Annual administration report of the Civil Veterinary Department of India - 1895-1896
Year: 1895
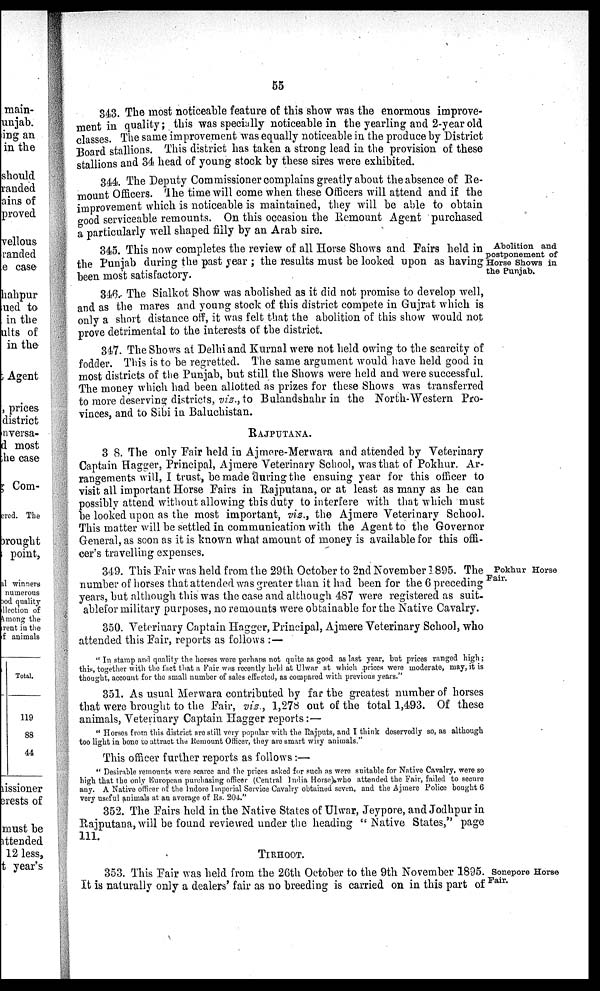
55
343. The most noticeable feature of this show was the enormous improve-
ment in quality; this was specially noticeable in the yearling and 2-year old
classes. The same improvement was equally noticeable in the produce by District
Board stallions. This district has taken a strong lead in the provision of these
stallions and 34 head of young stock by these sires were exhibited.
344. The Deputy Commissioner complains greatly about the absence of Re-
mount Officers. The time will come when these Officers will attend and if the
improvement which is noticeable is maintained, they will be able to obtain
good serviceable remounts. On this occasion the Remount Agent purchased
a particularly well shaped filly by an Arab sire.
Abolition and
postponement of
Horse Shows in
the Punjab.
345. This now completes the review of all Horse Shows and Fairs held in
the Punjab during the past year ; the results must be looked upon as having
been most satisfactory.
346. The Sialkot Show was abolished as it did not promise to develop well,
and as the mares and young stock of this district compete in Gujrat which is
only a short distance off, it was felt that the abolition of this show would not
prove detrimental to the interests of the district.
347. The Shows at Delhi and Kurnal were not held owing to the scarcity of
fodder. This is to be regretted. The same argument would have held good in
most districts of the Punjab, but still the Shows were held and were successful.
The money which had been allotted as prizes for these Shows was transferred
to more deserving districts, viz., to Bulandshahr in the North-Western Pro-
vinces, and to Sibi in Baluchistan.
RAJPUTANA.
348. The only Fair held in Ajmere-Merwara and attended by Veterinary
Captain Hagger, Principal, Ajmere Veterinary School, was that of Pokhur. Ar-
rangements will, I trust, be made during the ensuing year for this officer to
visit all important Horse Fairs in Rajputana, or at least as many as he can
possibly attend without allowing this duty to interfere with that which must
be looked upon as the most important, viz., the Ajmere Veterinary School.
This matter will be settled in communication with the Agent to the Governor
General, as soon as it is known what amount of money is available for this offi-
cer's travelling expenses.
Pokhur Horse
Fair.
349. This Fair was held from the 29th October to 2nd November 1895. The
number of horses that attended was greater than it had been for the 6 preceding
years, but although this was the case and although 487 were registered as suit-
ablefor military purposes, no remounts were obtainable for the Native Cavalry.
350. Veterinary Captain Hagger, Principal, Ajmere Veterinary School, who
attended this Fair, reports as follows: —
"In stamp and quality the horses were perhaps not quite as good as last year, but prices ranged high;
this, together with the fact that a Fair was recently held at Ulwar at which prices were moderate, may, it is
thought, account for the small number of sales effected, as compared with previous years."
351. As usual Merwara contributed by far the greatest number of horses
that were brought to the Fair, viz., 1,278 out of the total 1,493. Of these
animals, Veterinary Captain Hagger reports:—
"Horses from this district are still very popular with the Rajputs, and I think deservedly so, as although
too light in bone to attract the Remount Officer, they are smart wiry animals."
This officer further reports as follows:—
"Desirable remounts were scarce and the prices asked for such as were suitable for Native Cavalry, were so
high that the only European purchasing officer (Central India Horse) who attended the Fair, failed to secure
any. A Native officer of the Indore Imperial Service Cavalry obtained seven, and the Ajmere Police bought 6
very useful animals at an average of Rs. 204."
352. The Fairs held in the Native States of Ulwar, Jeypore, and Jodhpur in
Rajputana, will be found reviewed under the heading "Native States," page
111.
TIRHOOT.
Sonepore Horse
Fair.
353. This Fair was held from the 26th October to the 9th November 1895.
It is naturally only a dealers' fair as no breeding is carried on in this part of